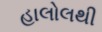
હાલોલથી